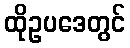
ထိုဥပဒေတွင်